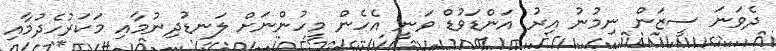
ދެވަނަ ސީޒަން ނިމުނު އިރު އަންޑަވުޑް ވަނީ އެހެން މީހުންނަށް ލަނޑުދިނުމާއި މަކަރުހެދުމާއި